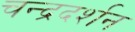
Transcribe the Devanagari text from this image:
चन्द्रदर्शन